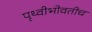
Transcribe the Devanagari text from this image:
पृथ्वीभोवतीच